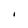
Character: I